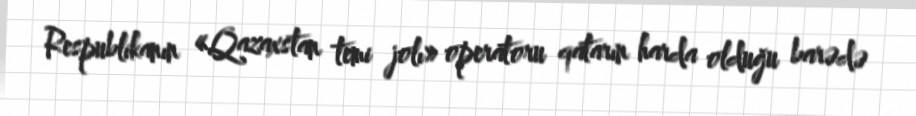
Respublikanın «Qazaxstan temi jolı» operatoru qatarın harda olduğu barədə